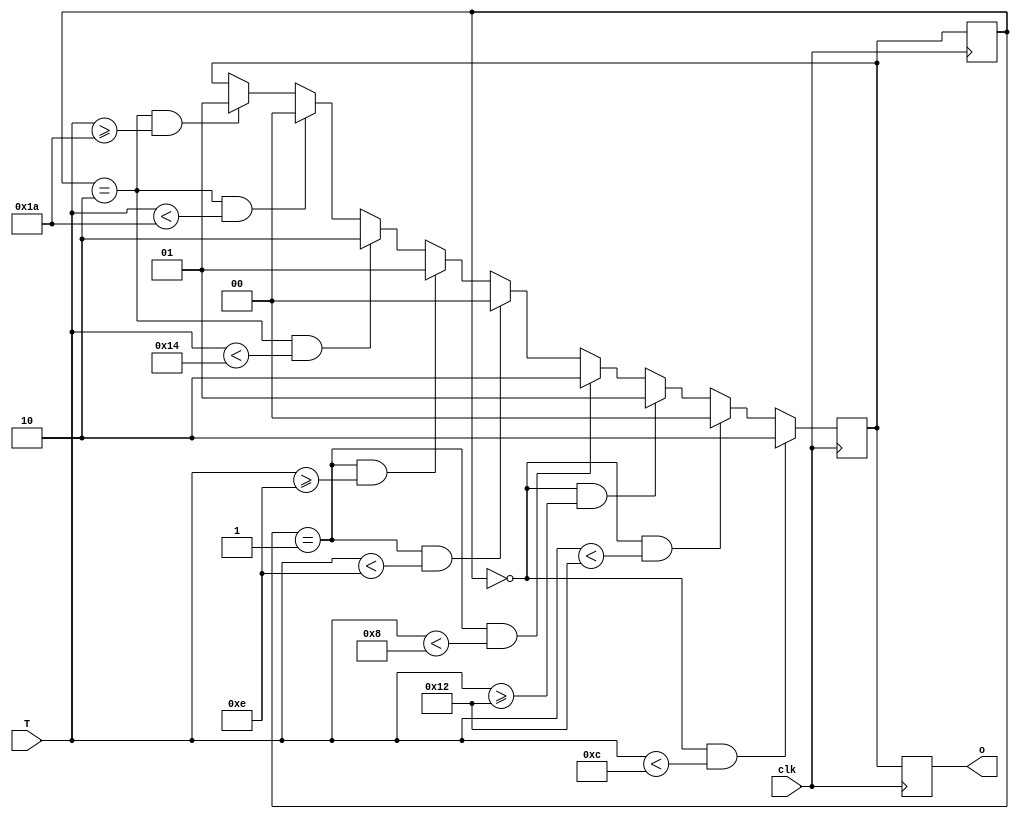
`timescale 1ms/1ms

module system_mode(T, clk, o);

    input [4:0] T;
    input clk;

    output reg [1:0] o;

    reg [1:0] state, next_state; // neutral mode = 0, cooling mode = 1, heating mode = 2;  

    initial begin
        //$dumpfile("Ques_3_extra.vcd");
        //$dumpvars(0, system_mode);
        state = 0;
        next_state = 0;
    end

    always @(posedge clk) begin
        if(state == 0 & (T < 12)) begin
                next_state = 2;
        end else if(state == 0 & (T < 18)) begin
                next_state = 0;
        end else if(state == 0 & (T >= 18))begin
                next_state = 1;
        end else if(state == 1 & (T < 8)) begin
                next_state = 2;
        end else if(state == 1 & (T < 14)) begin
                next_state = 0;
        end else if(state == 1 & (T >= 14)) begin
                next_state = 1;
        end else if(state == 2 & (T < 20)) begin
                next_state = 2;
        end else if(state == 2 & (T < 26)) begin
                next_state = 0;
        end else if(state == 2 & (T >= 26)) begin
                next_state = 1;
        end
       // $display("state = %b, nstate = %b", state, next_state);
    end

    always @(negedge clk) begin
        o = next_state;
        state = next_state;
    end

endmodule

module tb_Ques_3;
    
    reg [4:0] T;
    reg clk;

    wire [1:0] o;

    system_mode system_mode_1(T, clk, o);

    always begin
        #5;
        clk = ~clk;
    end 

    always @(posedge clk) begin
        $display("T = %d, o = %b", T, o,);
    end

    initial begin
    $dumpfile("Ques_3.vcd");
    $dumpvars(0 ,tb_Ques_3);

        T = 16;
        clk = 0;

        #4;

        T = 20;
        #10;
        T = 11;
        #10;
        T = 18;
        #10;
        T = 6;
        #10;
        T = 27;
        #10;
        T = 10;
        #10;
        T = 14;
        #10;
        T = 6;
        #10;
        T = 28;
        #10;
        T = 6;
        #10;
        T = 25;
        #10;

        #5;

        $finish;
    end

endmodule